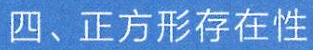
四、正方形存在性